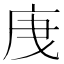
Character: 𭙙